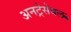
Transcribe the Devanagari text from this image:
अनट्रेसेबल